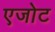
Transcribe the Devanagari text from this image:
एजोट